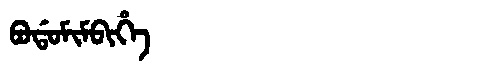
Manchu: ᠪᠣᡩᠣᠮᡳᠮᠪᡳᡥᡝ
Romanization: BODOMIMBIHE